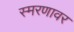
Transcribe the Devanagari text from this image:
स्मरणावर